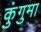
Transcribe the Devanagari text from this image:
कुंगुमा